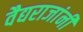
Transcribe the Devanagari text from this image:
वैद्यराजांनी